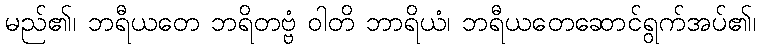
မည်၏၊ ဘရီယတေ ဘရိတဗ္ဗံ ဝါတိ ဘာရိယံ၊ ဘရီယတေဆောင်ရွက်အပ်၏၊